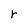
Character: r